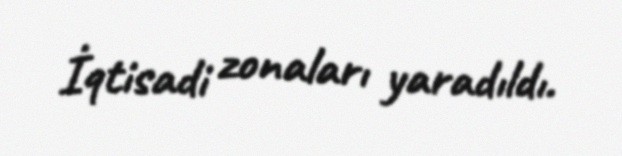
İqtisadi zonaları yaradıldı.